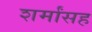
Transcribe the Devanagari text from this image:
शर्मांसह